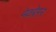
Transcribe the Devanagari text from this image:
मेक्ग्रेगर